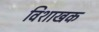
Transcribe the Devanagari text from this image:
विशाखक